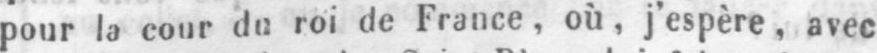
pour la cour du roi de France, où, j’espère, avec